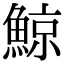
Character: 鯨